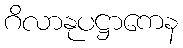
ဂိလာနုပဋ္ဌာကေန